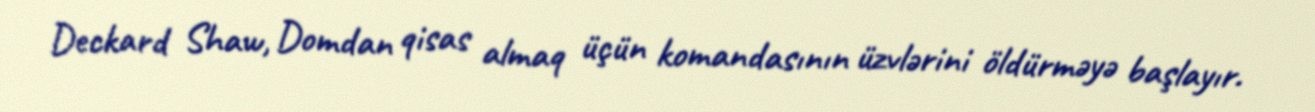
Deckard Shaw, Domdan qisas almaq üçün komandasının üzvlərini öldürməyə başlayır.